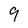
Character: 9